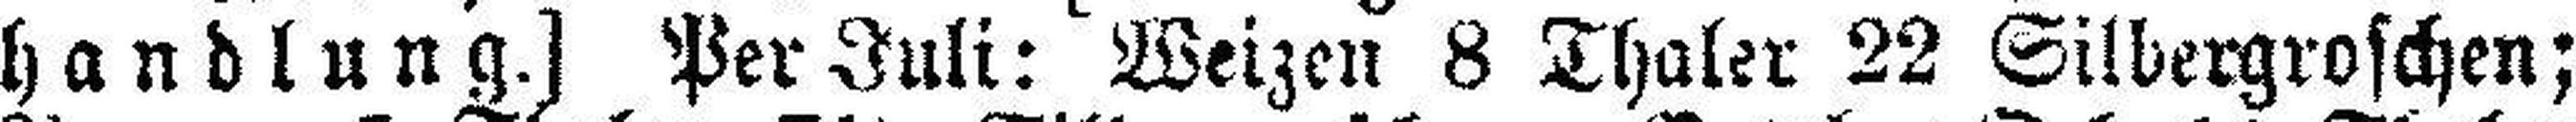
handlung.] Per Juli: Weizen 8 Thaler 22 Silbergroschen;